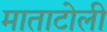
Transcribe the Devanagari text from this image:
माताटोली